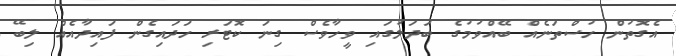
އެގޮތުން ހުސްތަނެއް ބޭއްވުމުގެ ބަދަލުގައި ވީހާވެސް ގިނަ ކޮޓަރި ހަދައިގެން ފައިދާއެއް ލިބޭ